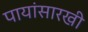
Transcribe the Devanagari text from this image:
पायांसारखी